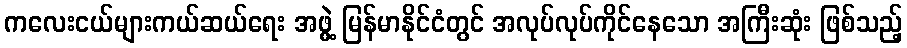
ကလေးငယ်များကယ်ဆယ်ရေး အဖွဲ့ မြန်မာနိုင်ငံတွင် အလုပ်လုပ်ကိုင်နေသော အကြီးဆုံး ဖြစ်သည့်